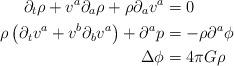
LaTeX: \begin{align*} \partial_t\rho + v^a\partial_a\rho + \rho \partial_a v^a &= 0 \\ \rho \left(\partial_t v^a + v^b\partial_b v^a \right) + \partial^a p &= - \rho\partial^a\phi \\ \Delta\phi &= 4\pi G \rho \end{align*}